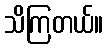
သိကြတယ်။